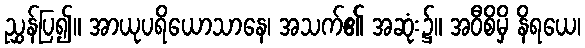
ညွှန်ပြ၍။ အာယုပရိယောသာနေ၊ အသက်၏ အဆုံး၌။ အဝီစိမှိ နိရယေ၊